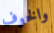
والخوف